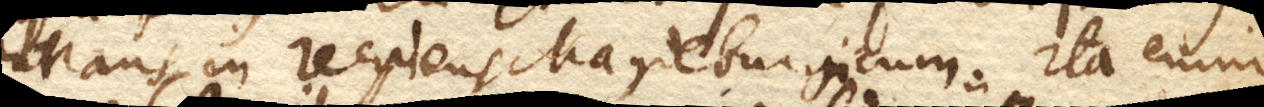
intrans in recipiens Magdeburgicum. Ita enim